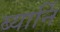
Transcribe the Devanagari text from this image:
ब्यार्नि